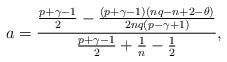
LaTeX: \begin{align*} a=\frac{\frac{p+\gamma-1}{2}-\frac{(p+\gamma-1)(nq-n+2-\theta)}{2nq(p-\gamma+1)}}{\frac{p+\gamma-1}{2}+\frac{1}{n}-\frac{1}{2}},\end{align*}